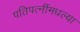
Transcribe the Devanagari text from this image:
पतिपत्‍नींमधल्या